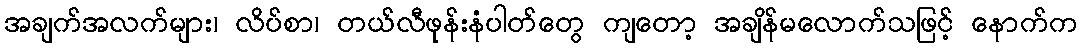
အချက်အလက်များ၊ လိပ်စာ၊ တယ်လီဖုန်းနံပါတ်တွေ ကျတော့ အချိန်မလောက်သဖြင့် နောက်က